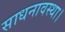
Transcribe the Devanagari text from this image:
साधनावस्था।